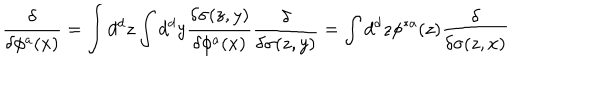
{ \frac { \delta } { \delta \phi ^ { a } ( x ) } } = \int d ^ { d } z \int d ^ { d } y { \frac { \delta \sigma ( z , y ) } { \delta \phi ^ { a } ( x ) } } { \frac { \delta } { \delta \sigma ( z , y ) } } = \int d ^ { d } z \phi ^ { * a } ( z ) { \frac { \delta } { \delta \sigma ( z , x ) } }